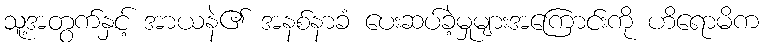
သူ့အတွက်နှင့် အာယနဲ၏ အနစ်နာခံ ပေးဆပ်ခဲ့မှုများအကြောင်းကို ဟိရောမိက